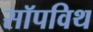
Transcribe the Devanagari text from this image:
सॉपविथ